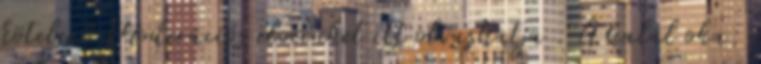
kötelező Moderációs elveinket itt olvashatja . A halál oka: